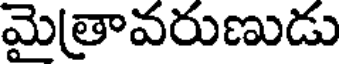
మైత్రావరుణుడు